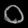
Digit: ၀